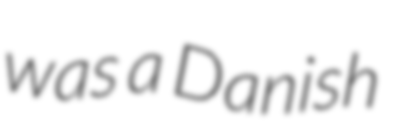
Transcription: was a Danish